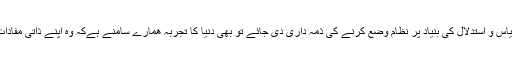
اگر ایک سے زائد افراد کو قیاس و استدلال کی بنیاد پر نظام وضع کرنے کی ذمہ داری دی جائے تو بھی دنیا کا تجربہ ھمارے سامنے ہےکہ وہ اپنے ذاتی مفادات سے بالاتر نہیں ہو سکتے۔